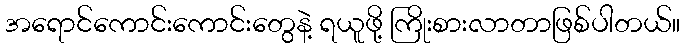
အရောင်ကောင်းကောင်းတွေနဲ့ ရယူဖို့ ကြိုးစားလာတာဖြစ်ပါတယ်။